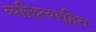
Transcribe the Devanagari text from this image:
व्यक्तित्वरहित